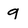
Character: g